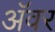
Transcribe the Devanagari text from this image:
अॅवर